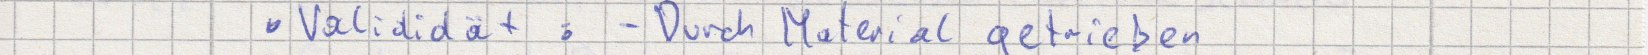
Validität: - Durch Material getrieben